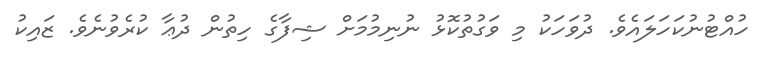
ހުއްޓުނުކަހަލައެވެ. ދުވަހަކު މި ވަގުތުކޮޅު ނުނިމުމަށް ޝިފާގެ ހިތުން ދުޢާ ކުރެވުނެވެ. ޒައިކު